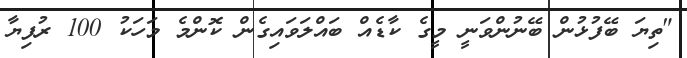
"ތިޔަ ބޭފުޅުން ބޭނުންވަނީ މީގެ ކާޑެއް ބައްލަވައިގެން ކޮންމެ މަހަކު 100 ރުފިޔާ